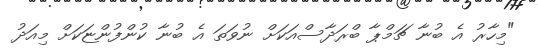
"މިހާރު އެ ބުނާ ޗަމްޕާ ބްރަދާސްއަކަށް ނުވަތަ އެ ބުނާ ކުންފުންޏަކަށް މިއަދު